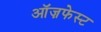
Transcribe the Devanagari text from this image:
ऑज़फेस्ट